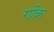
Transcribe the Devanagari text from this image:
गोंक